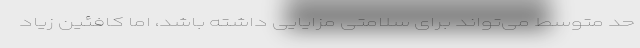
حد متوسط می‌تواند برای سلامتی مزایایی داشته باشد، اما کافئین زیاد